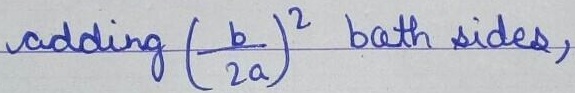
adding $\left(\frac{b}{2a}\right)^2$ both sides,